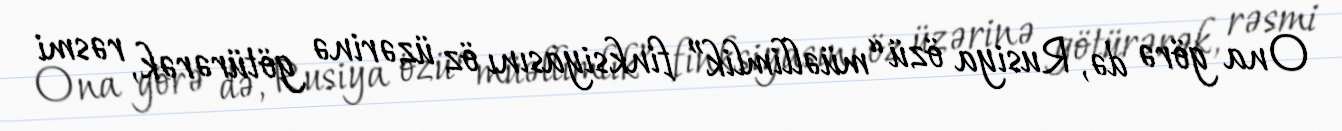
Ona görə də, Rusiya özü “müəllimlik” finksiyasını öz üzərinə götürərək, rəsmi